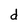
Character: d